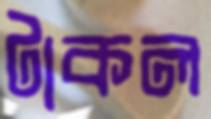
টাকল